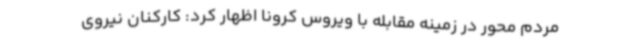
مردم محور در زمینه مقابله با ویروس کرونا اظهار کرد: کارکنان نیروی